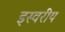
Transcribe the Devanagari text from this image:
इस्वरीय